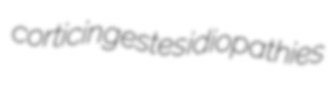
corticin gestes idiopathies